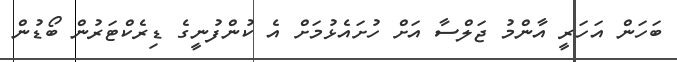
ބަހަން އަހަރީ އާންމު ޖަލްސާ އަށް ހުށައެޅުމަށް އެ ކުންފުނީގެ ޑިރެކްޓަރުން ބޯޑުން